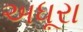
અધૂરા